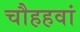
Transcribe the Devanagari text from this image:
चौहहवां